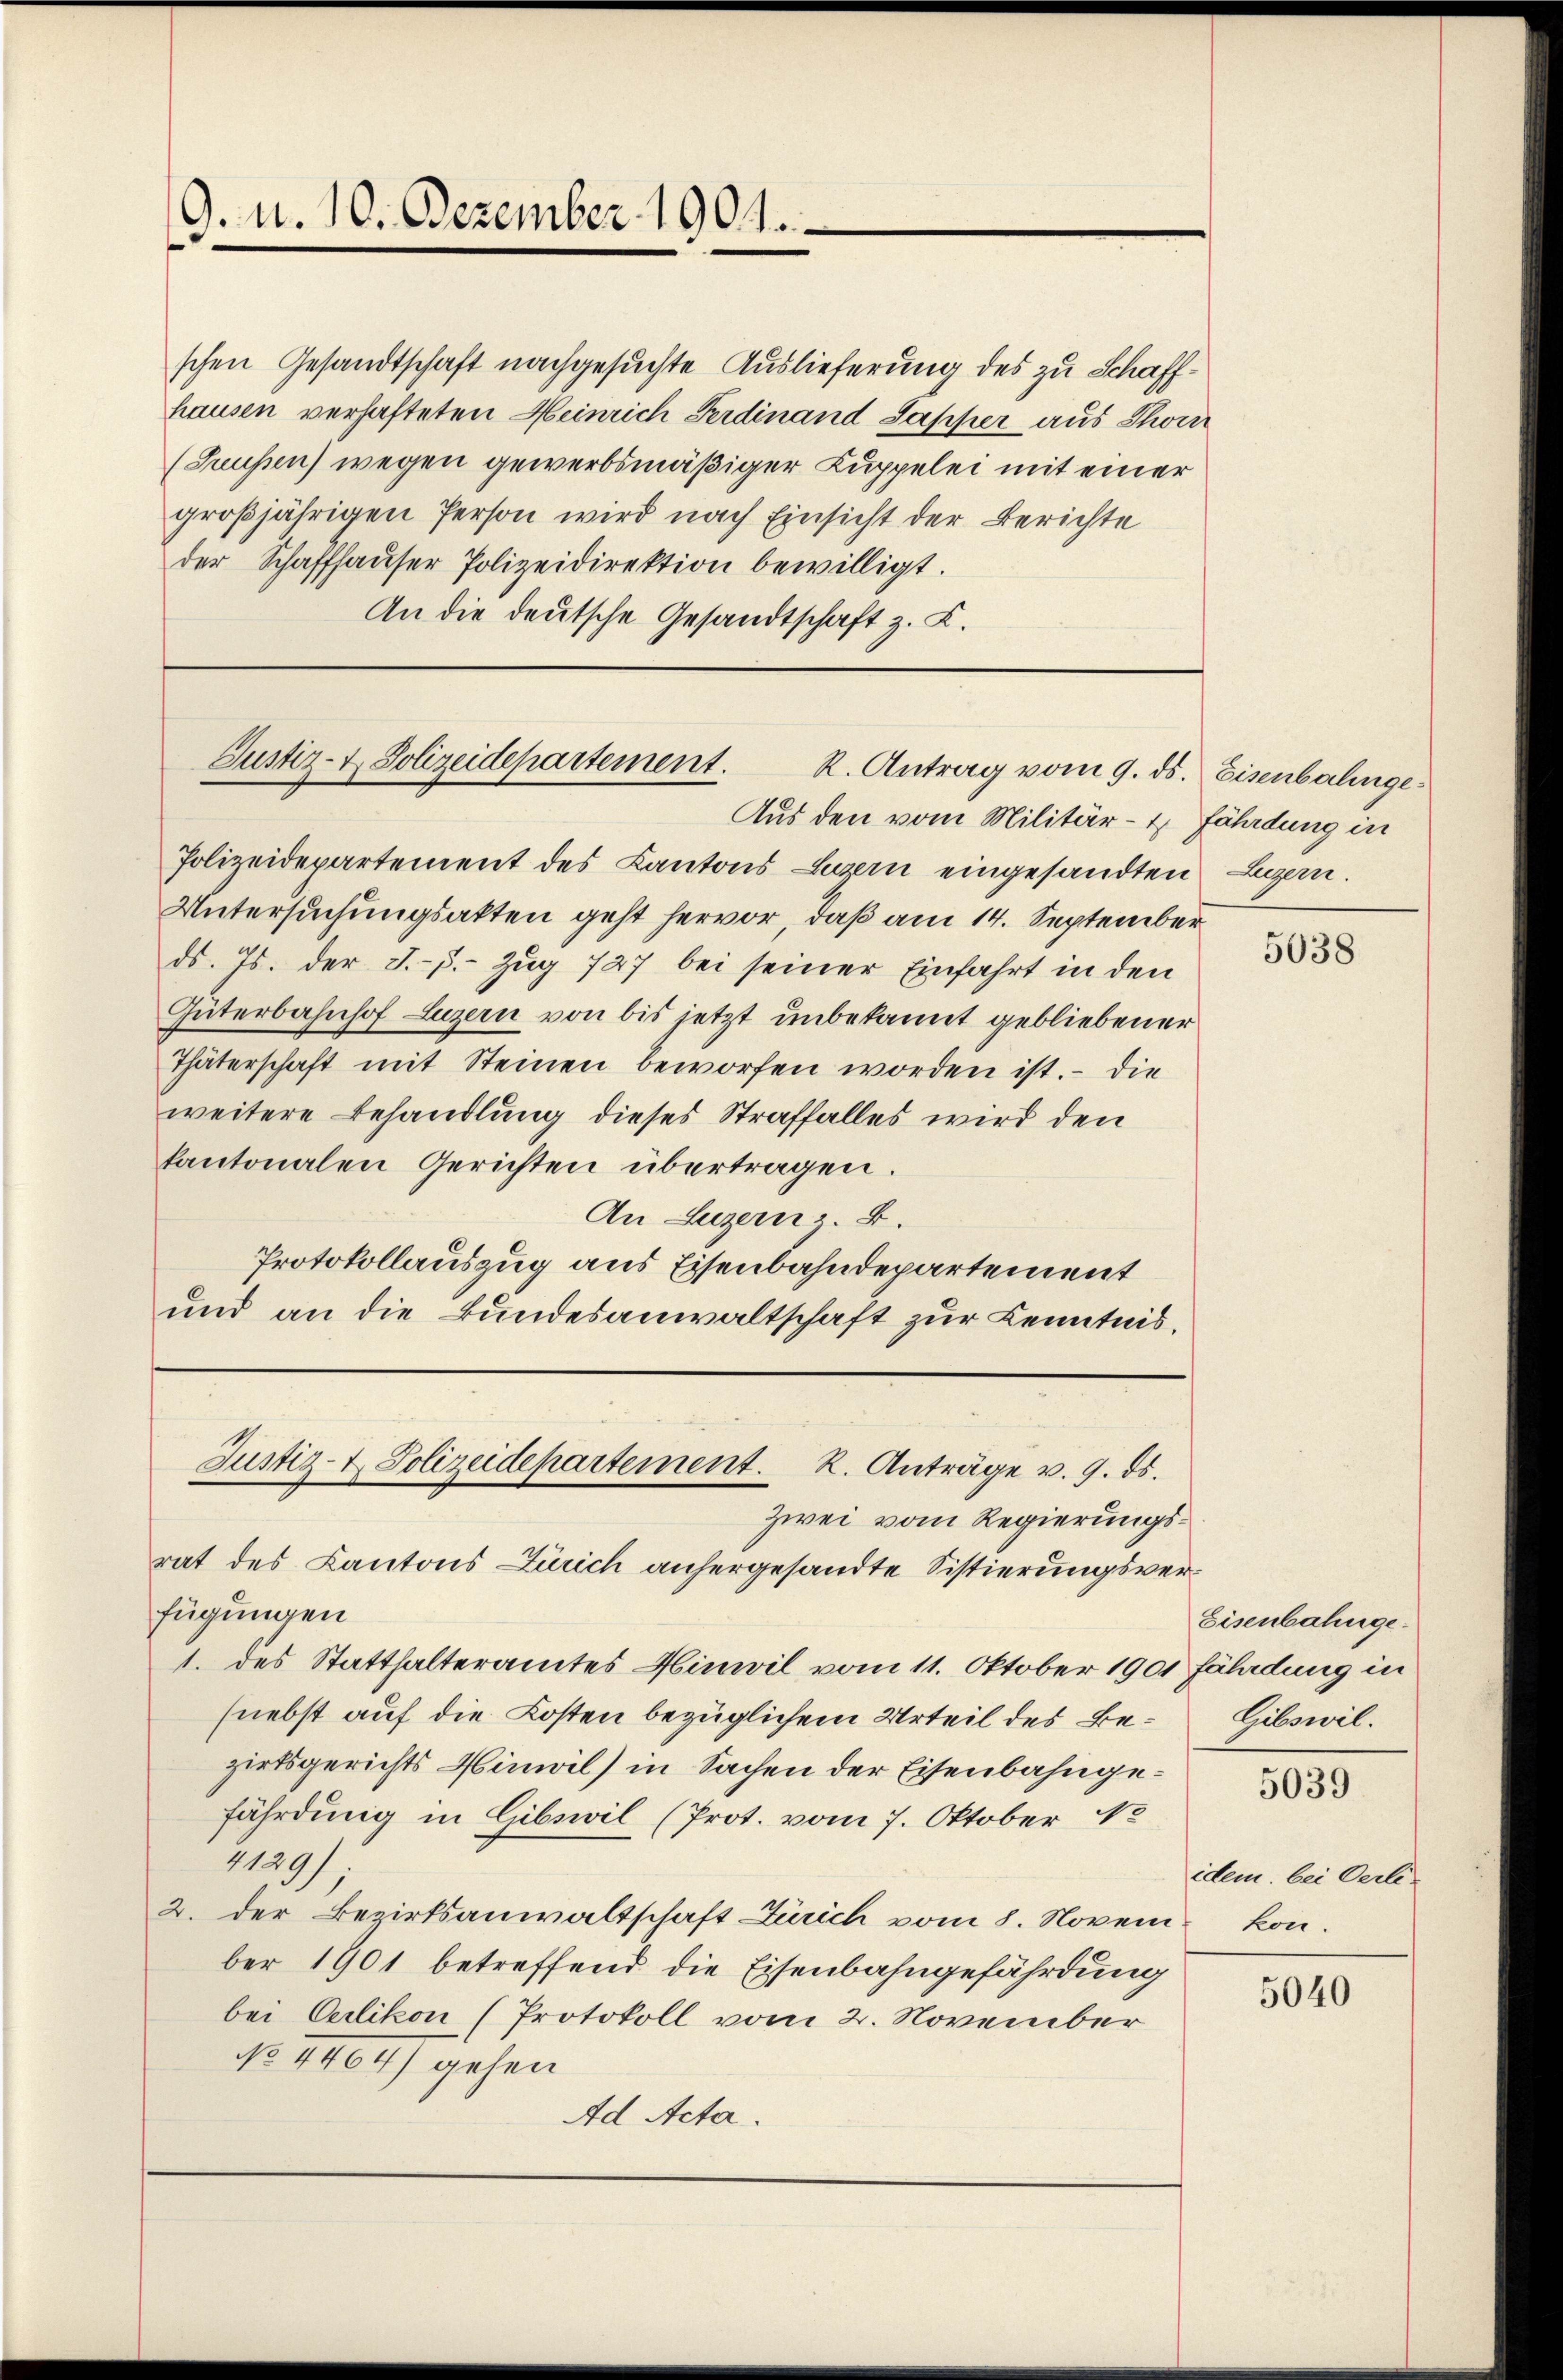
9. u. 10. Dezember 1901.

schen Gesandtschaft nachgesuchte Auslieferung des zu Schaffhausen verhafteten Heinrich Ferdinand Sapper aus Thori
(Grüssen) wegen gewerbsmäßiger Kuppelei mit einer
großjährigen Person wird nach Einsicht der Berichte
der Schaffhaŭser Polizeidirektion bewilligt.
An die deutsche Gesandtschaft z. L.

Justiz- & Polizeidepartement. K. Antrag vom 9. ds. Eisenbahnge¬
Aus den vom Militär- fährdung in

Polizeidepartement des Kantons Luzin eingesandten Luzern.
Untersuchungsakten geht hervor, daß am 14. September
ds. Js. der J.-p.- Zug 727 bei seiner Einfahrt in den
Güterbahnhof Luzern von bis jetzt unbekannt gebliebener
Thäterschaft mit Steinen beworfen worden ist. — Die
weitere Behandlung dieses Straffalles wird den
kantonalen Gerichten übertragen.
An Luzern z. B.
Protokollauszug aus Eisenbahndepartement
und an die Bundesanwaltschaft zur Kenntnis.

Justiz- & Polizeidepartement. K. Anträge v. 9. ds.
Zwei vom Regierungs¬

rat des Kantons Zürich anhergesandte Sistierungsverfügungen
1. des Statthalteramtes Hinwil vom 11. Oktober 1901 Fährdung in
(nebst auf die Kosten bezüglichem Urteil des Be- Gibswilzirksgerichts Himvil) in Sachen der Eisenbahngefährdung in Gibswil (Prot. vom 7. Oktober 18
129/
2. der Bezirksanwaltschaft Zürich vom 8. November 1901 betreffend die Eisenbahngefährdung
bei Oerlikon (Protokoll vom 2. November
No 1464) gehen
Ad Acta.

5038

Eisenbahnge¬

5039

idem bei Oerli-
kon.

5040